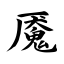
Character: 魇